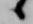
候